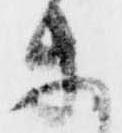
等